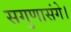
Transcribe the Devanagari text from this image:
सगुणासंगे।